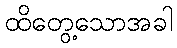
ထိတွေ့သောအခါ